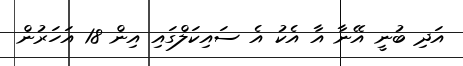
އަދި ބުނީ އޭނާ އާ އެކު އެ ސައިކަލްގައި އިން 18 އަހަރުން